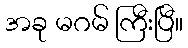
အခု မဂမ် ကြီးပြီ။